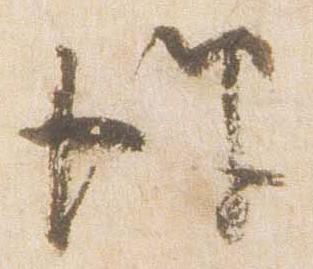
伴